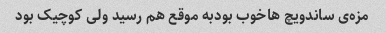
مزه‌ی ساندویچ هاخوب بودبه موقع هم رسید ولی کوچیک بود